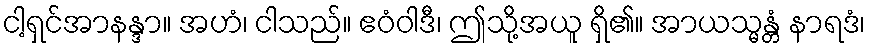
ငါ့ရှင်အာနန္ဒာ။ အဟံ၊ ငါသည်။ ဧဝံဝါဒီ၊ ဤသို့အယူ ရှိ၏။ အာယသ္မန္တံ နာရဒံ၊